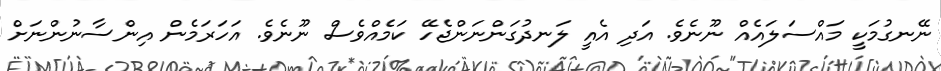
ނޭނގުމަކީ މައްސަލައެއް ނޫނެވެ. އަދި އެއީ ލަނދުގަންނަންޖެހޭ ކަމެއްވެސް ނޫނެވެ. އަހަރަމެން އިންސާނުންނަށް